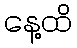
နေ့ထိ